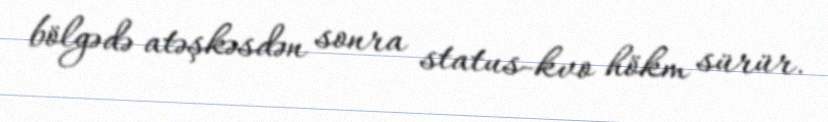
bölgədə atəşkəsdən sonra status-kvo hökm sürür.